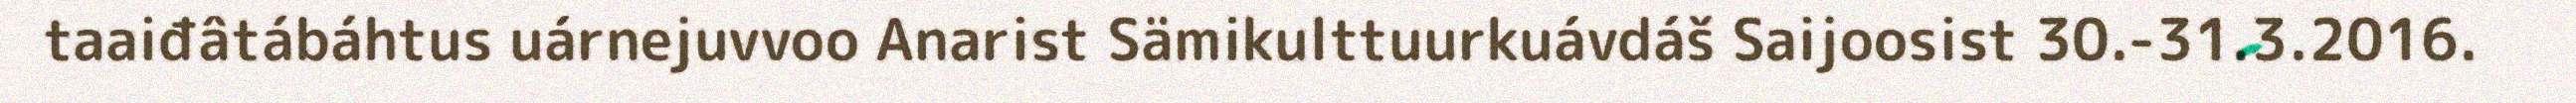
taaiđâtábáhtus uárnejuvvoo Anarist Sämikulttuurkuávdáš Saijoosist 30.-31.3.2016.